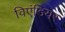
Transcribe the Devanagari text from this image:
विएंडियर